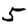
Digit: 5